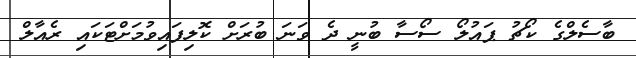
ބާސެލްގެ ކޯޗު ޕައުލޯ ސޯސާ ބުނީ ދެ ވަނަ ބުރަށް ކޮލިފައިވުމަށްޓަކައި ރެއާލް